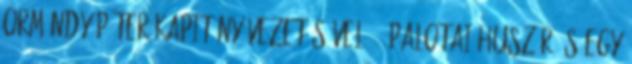
Ormándy Péter kapitány vezetésével 60 palotai huszár és egy